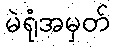
မဲရုံအမှတ်